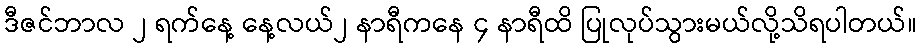
ဒီဇင်ဘာလ ၂ ရက်နေ့ နေ့လယ်၂ နာရီကနေ ၄ နာရီထိ ပြုလုပ်သွားမယ်လို့သိရပါတယ်။